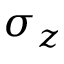
\sigma _ { z }